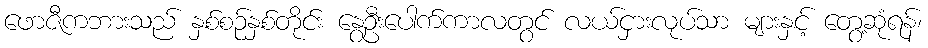
ဖောဇီကဘားသည် နှစ်စဉ်နှစ်တိုင်း နွေဦးပေါက်ကာလတွင် လယ်ငှားလုပ်သာ များနှင့် တွေ့ဆုံရန်၊